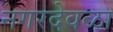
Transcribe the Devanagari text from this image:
नगरदेवळा